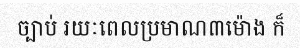
ច្បាប់ រយៈពេលប្រមាណ៣ម៉ោង ក៏